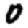
Digit: 0